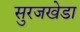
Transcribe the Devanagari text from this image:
सुरजखेडा